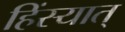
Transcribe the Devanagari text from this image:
हिंस्यात्‌